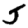
Digit: 5